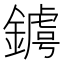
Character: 𨫴